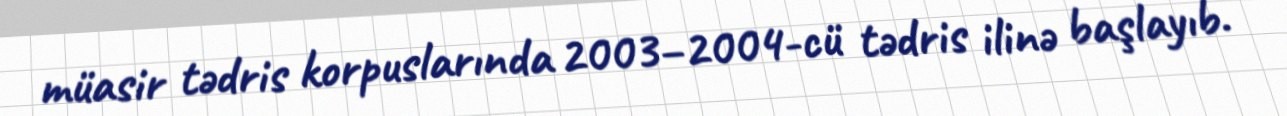
müasir tədris korpuslarında 2003–2004-cü tədris ilinə başlayıb.